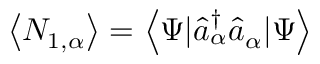
\left\langle N _ { 1 , \alpha } \right\rangle = \left\langle \Psi | \hat { a } _ { \alpha } ^ { \dagger } \hat { a } _ { \alpha } | \Psi \right\rangle